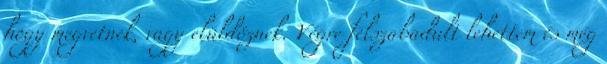
hogy megvetnek, vagy elüldöznek. Végre felszabadult lehettem és még